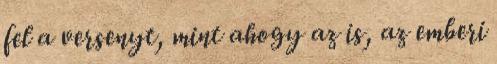
fel a versenyt, mint ahogy az is, az emberi